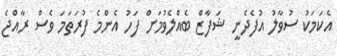
އެކަމަކު ސުވާލު އުފެދެނީ ޝަފާޒް ބެއްލެވުމަށް ފަހު އެންމެ ފުރަތަމަ ވެސް ރާއްޖެ